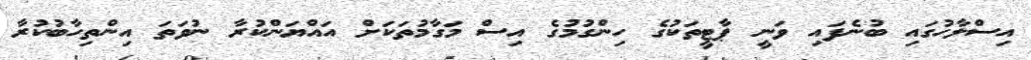
އިސްލާހުގައި ބުނެފައި ވަނީ ޕާޓީތަކުގެ ހިންގުމުގެ އިސް މަގާމުތަކަށް އައްޔަންކުރާ ނުވަތަ އިންތިހާބުކުރާ